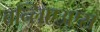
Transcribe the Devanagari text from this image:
बन्लिएउएस